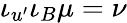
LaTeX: \iota_{u^{\prime}}\iota_{B}\mu=\nu